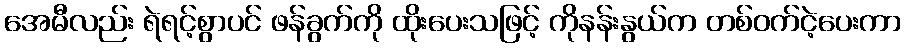
အေမီလည်း ရဲရင့်စွာပင် ဖန်ခွက်ကို ထိုးပေးသဖြင့် ကိုနန်းနွယ်က တစ်ဝက်ငဲ့ပေးကာ